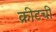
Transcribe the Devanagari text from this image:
क्रीटची